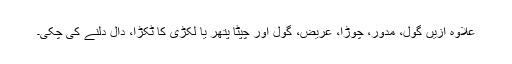
علاوہ ازیں گول، مدور، چوڑا، عریض، گول اور چپٹا پتھر یا لکڑی کا ٹکڑا، دال دلنے کی چکی۔